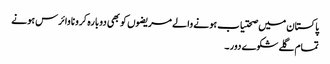
پاکستان میں صحتیاب ہونے والے مریضوں کو بھی دوبارہ کرونا وائرس ہونے
تمام گلے شکوے دور ۔